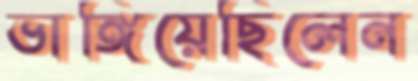
ভাঙ্গিয়েছিলেন